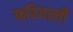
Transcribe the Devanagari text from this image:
फरियाली